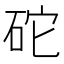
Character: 砣